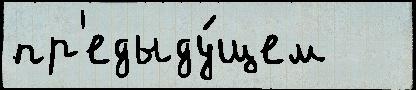
пр'едыду́щем